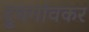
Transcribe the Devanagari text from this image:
दुधगांवकर